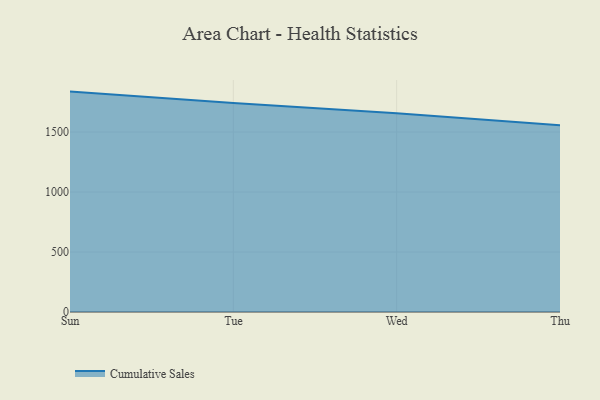
{"axis": {"x": "Day", "y": "Gross Profit (USD K)"}, "legend": ["Cumulative Sales"], "data": [{"x": "Sun", "y": 1836.7, "type": "Cumulative Sales"}, {"x": "Tue", "y": 1741.6, "type": "Cumulative Sales"}, {"x": "Wed", "y": 1655.8, "type": "Cumulative Sales"}, {"x": "Thu", "y": 1557.0, "type": "Cumulative Sales"}]}